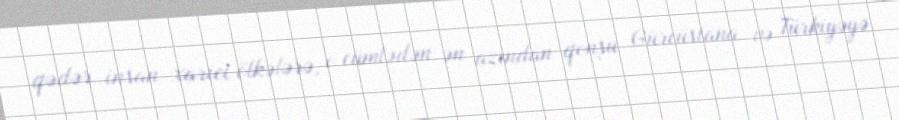
qədər insan xarici ölkələrə, o cümlədən ən azından qonşu Gürcüstana və Türkiyəyə